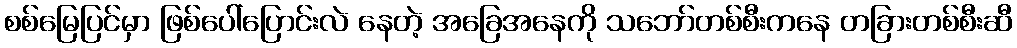
စစ်မြေပြင်မှာ ဖြစ်ပေါ်ပြောင်းလဲ နေတဲ့ အခြေအနေကို သဘော်တစ်စီးကနေ တခြားတစ်စီးဆီ